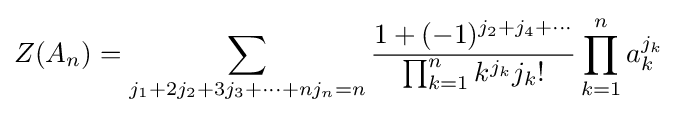
Z(A_{n})=\sum _{j_{1}+2j_{2}+3j_{3}+\cdots +nj_{n}=n}{\frac {1+(-1)^{j_{2}+j_{4}+\cdots }}{\prod _{k=1}^{n}k^{j_{k}}j_{k}!}}\prod _{k=1}^{n}a_{k}^{j_{k}}